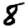
Digit: 8